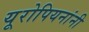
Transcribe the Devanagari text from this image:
यूरोपियनांनी